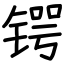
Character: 锷